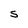
Character: S